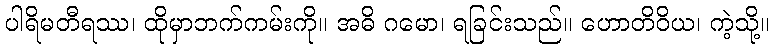
ပါရိမတီရဿ၊ ထိုမှာဘက်ကမ်းကို။ အဓိ ဂမော၊ ရခြင်းသည်။ ဟောတိဝိယ၊ ကဲ့သို့။